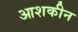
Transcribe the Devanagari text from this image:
आशकीन